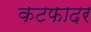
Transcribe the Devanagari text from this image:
कटफादर